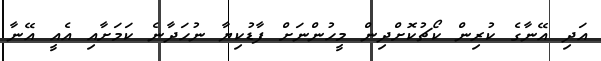
އަދި އޭނާގެ ކުރިން ކޯޗުކޮށްދިން މީހުންނަށް ފާޑުކިޔާ ނުހަދާނެ ކަމަށާއި އެއީ އޭނާ